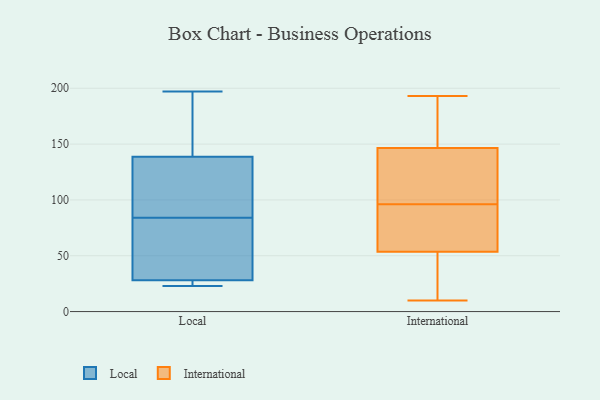
{"axis": {"x": "Customer Acquisition Cost (USD)", "y": "Value"}, "legend": ["International", "Local"], "data": [{"x": "", "y": 89, "type": "Local"}, {"x": "", "y": 84, "type": "Local"}, {"x": "", "y": 91, "type": "Local"}, {"x": "", "y": 23, "type": "Local"}, {"x": "", "y": 197, "type": "Local"}, {"x": "", "y": 181, "type": "Local"}, {"x": "", "y": 28, "type": "Local"}, {"x": "", "y": 30, "type": "Local"}, {"x": "", "y": 153, "type": "Local"}, {"x": "", "y": 72, "type": "Local"}, {"x": "", "y": 134, "type": "Local"}, {"x": "", "y": 28, "type": "Local"}, {"x": "", "y": 24, "type": "Local"}, {"x": "", "y": 63, "type": "International"}, {"x": "", "y": 120, "type": "International"}, {"x": "", "y": 21, "type": "International"}, {"x": "", "y": 10, "type": "International"}, {"x": "", "y": 193, "type": "International"}, {"x": "", "y": 49, "type": "International"}, {"x": "", "y": 169, "type": "International"}, {"x": "", "y": 58, "type": "International"}, {"x": "", "y": 100, "type": "International"}, {"x": "", "y": 92, "type": "International"}, {"x": "", "y": 124, "type": "International"}, {"x": "", "y": 189, "type": "International"}]}